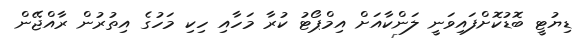
ޑިޔުޓީ ބޮޑުކޮށްފައިވަނީ ލަންކާއަށް އިމްޕޯޓު ކުރާ މަހާއި ހިކި މަހުގެ އިތުރުން ރާއްޖޭން